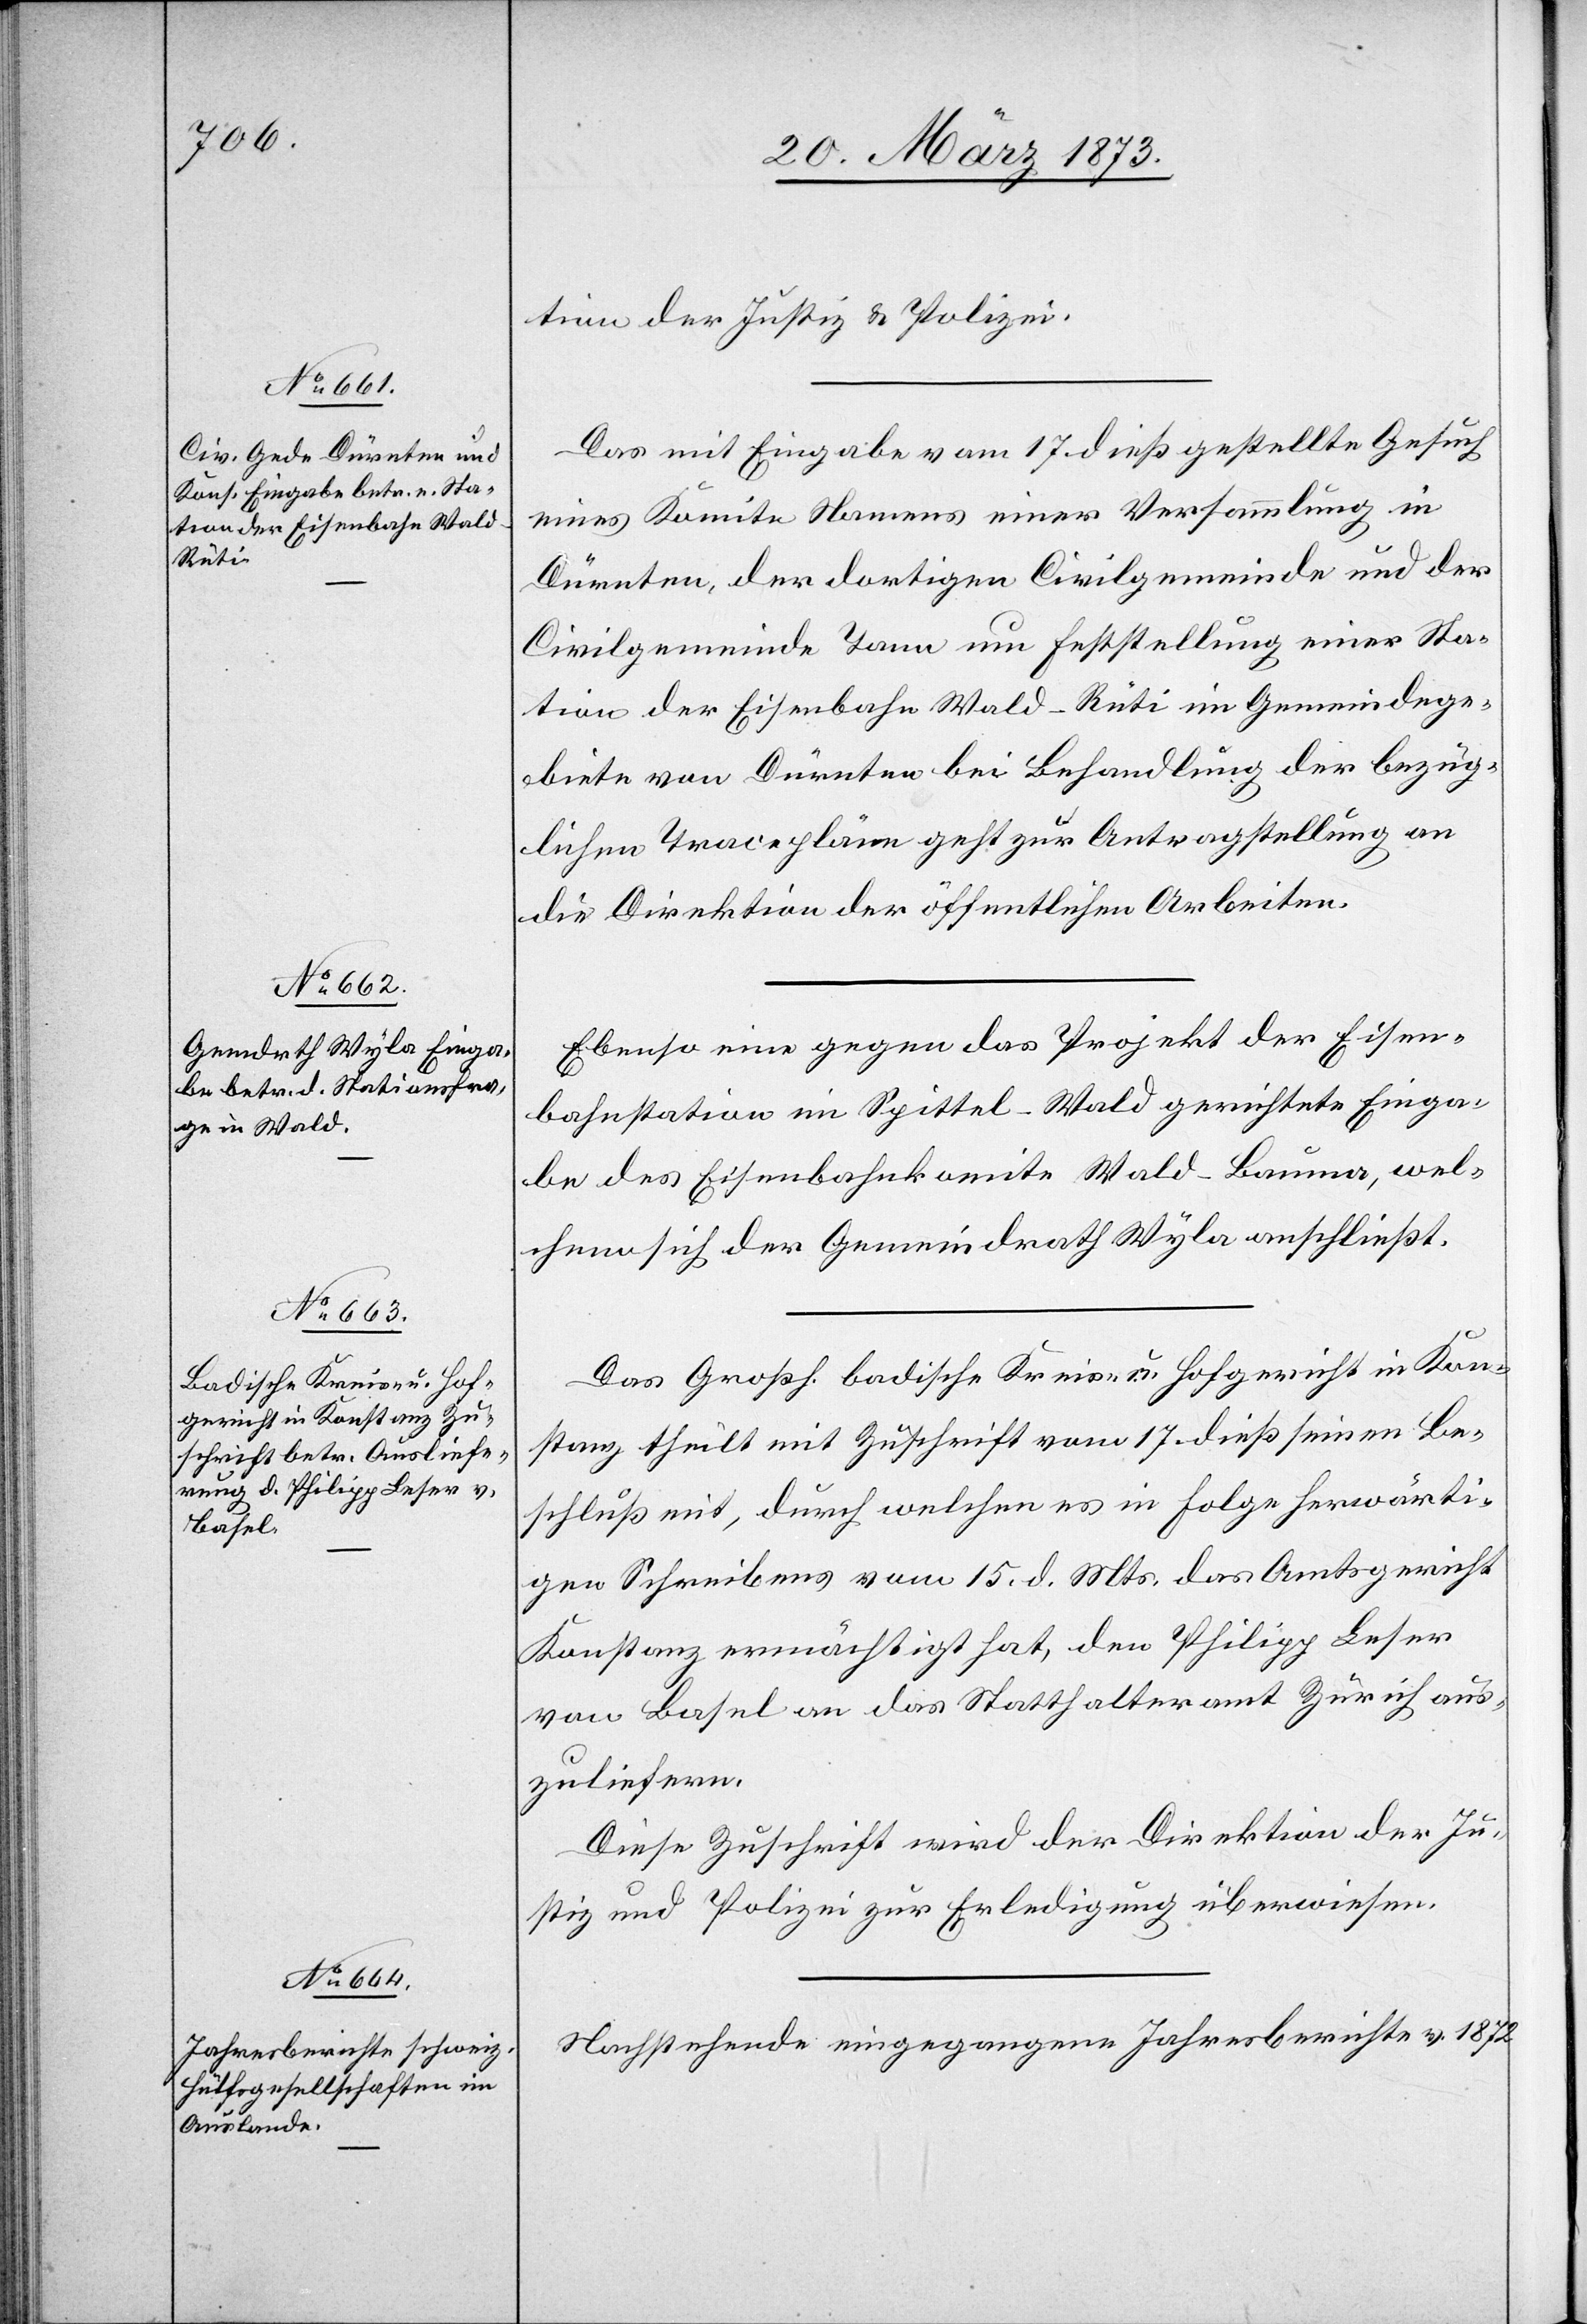
20. März 1873.]
tion der Justiz u. Polizei.
Das mit Eingabe vom 17. dieß gestellte Gesuch
eines Komite Namens einer Versammlung in
Dürnten, der dortigen Civilgemeinde und der
Civilgemeinde Tann um Feststellung einer Sta¬
tion der Eisenbahn Wald–Rüti im Gemeindege¬
biete von Dürnten bei Behandlung der bezüg¬
lichen Tracepläne geht zur Antragstellung an
die Direktion der öffentlichen Arbeiten.
Ebenso eine gegen das Projekt der Eisen¬
bahnstation im Spittel-Wald gerichtete Einga¬
be des Eisenbahnkomite Wald–Bauma, wel¬
chem sich der Gemeindrath Wyla anschließt.
Das Großh. badische Kreis- u. Hofgericht in Kon¬
stanz theilt mit Zuschrift vom 17. dieß seinen Be¬
schluß mit, durch welchen es in Folge herwärti¬
gen Schreibens vom 15. d. Mts. das Amtsgericht
Konstanz ermächtigt hat, den Philipp Leser
von Basel an das Statthalteramt Zürich aus¬
zuliefern.
Diese Zuschrift wird der Direktion der Ju¬
stiz und Polizei zur Erledigung überwiesen.
Nachstehende eingegangene Jahresberichte v. 1872